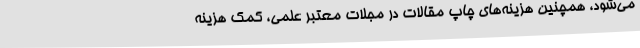
می‌شود، همچنین هزینه‌های چاپ مقالات در مجلات معتبر علمی، کمک هزینه